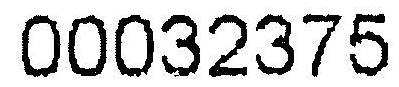
00032375